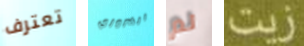
تعترف الضروري لم زيت